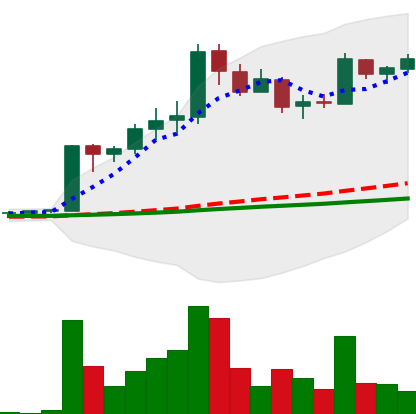
Ticker: LTC-USD
Chart end date: 2017-04-15
Forward return: -4.259%
Label: down_3_5